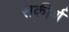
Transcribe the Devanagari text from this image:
सकीर्ण